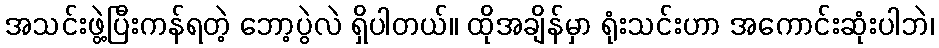
အသင်းဖွဲ့ပြီးကန်ရတဲ့ ဘော့ပွဲလဲ ရှိပါတယ်။ ထိုအချိန်မှာ ရုံးသင်းဟာ အကောင်းဆုံးပါဘဲ၊